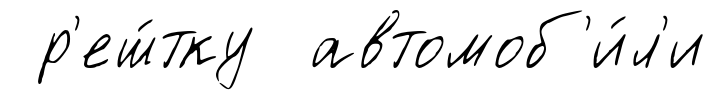
р'еш́тку автомоб'и́л'и